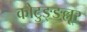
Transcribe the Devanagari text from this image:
कोटुङ्ङल्लूर